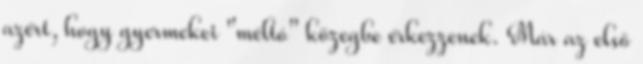
azért, hogy gyermekei "méltó" közegbe érkezzenek. Már az első